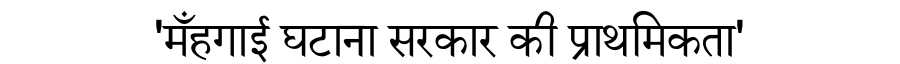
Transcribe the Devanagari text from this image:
'मँहगाई घटाना सरकार की प्राथमिकता'